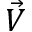
\vec { V }